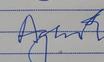
Signature authenticity: forged